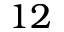
1 2